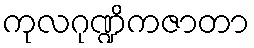
ကုလဂုဏ္ဍိကဇာတာ